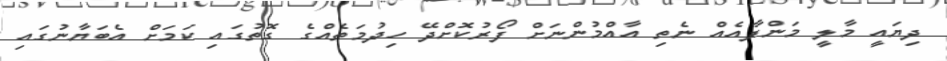
ދިޔައީ މާލީ މަންފާއެއް ނެތި އާއްމުންނަށް ފޯރުކޮށްދޭ ހިދުމަތެއްގެ ގޮތުގައި ކަމަށް އެބަޔާނުގައި